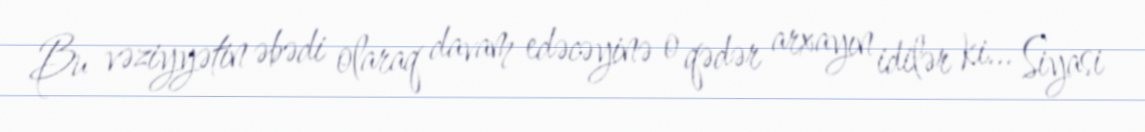
Bu vəziyyətin əbədi olaraq davam edəcəyinə o qədər arxayın idilər ki... Siyasi